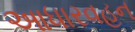
આધારવહન